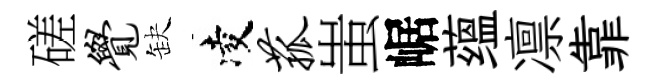
磋觉缺凌菰蚩崌蕴凛靠